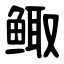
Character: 鲰